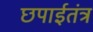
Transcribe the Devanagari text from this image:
छपाईतंत्र